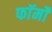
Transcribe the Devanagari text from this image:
फाॅर्मों